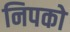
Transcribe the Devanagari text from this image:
निपको